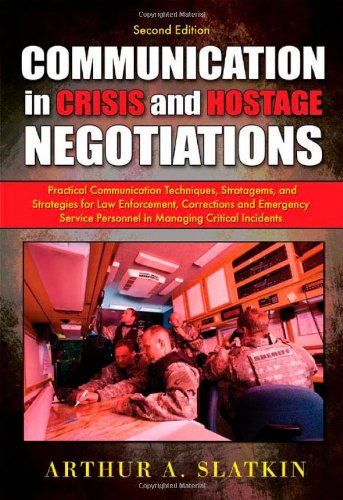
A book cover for Communication in Crisis and Hostage Negotiations: Practical Communication Techniques, Stratagems, and Strategies for Law Enforcement, Corrections and Emergency Service Personnel in Managing Critical I; Arthur A. Slatkin; Law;